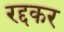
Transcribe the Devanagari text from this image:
रद्दकर